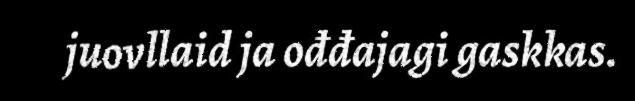
juovllaid ja ođđajagi gaskkas.